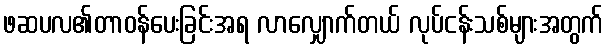
ဖဆပလ၏တာဝန်ပေးခြင်းအရ လာလျှောက်တယ် လုပ်ငန်းသစ်များအတွက်